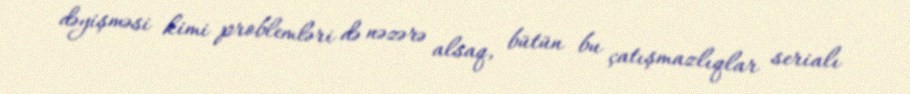
dəyişməsi kimi problemləri də nəzərə alsaq, bütün bu çatışmazlıqlar serialı